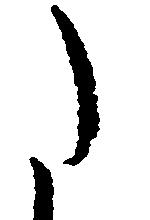
た